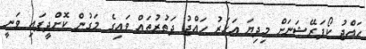
ހައްޖު ކޯޕަރޭޝަނަށް މިދިޔަ އަހަރު ހައްޖު ދަތުރުތައް ވައިގެ މަގުން ކޮށްދީފައި ވަނީ